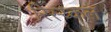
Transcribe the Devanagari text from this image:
रिस्य्कल